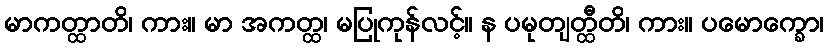
မာကတ္ထာတိ၊ ကား။ မာ အကတ္ထ၊ မပြုကုန်လင့်။ န ပမုတျတ္ထီတိ၊ ကား။ ပမောက္ခော၊